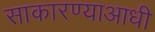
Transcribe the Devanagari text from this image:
साकारण्याआधी